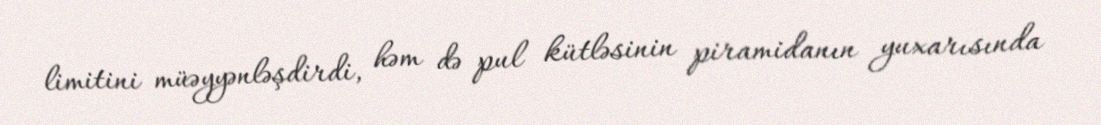
limitini müəyyənləşdirdi, həm də pul kütləsinin piramidanın yuxarısında